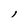
Character: l